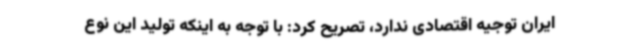
ایران توجیه اقتصادی ندارد، تصریح کرد: با توجه به اینکه تولید این نوع